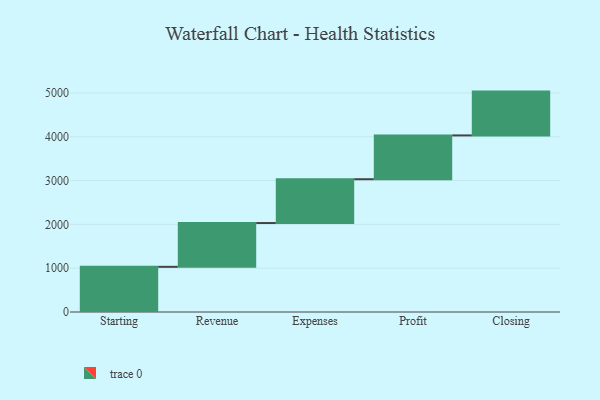
{"axis": {"x": "Step", "y": "Value"}, "legend": [""], "data": [{"x": "Starting", "y": 1031.0, "type": ""}, {"x": "Revenue", "y": 1000, "type": ""}, {"x": "Expenses", "y": 1000, "type": ""}, {"x": "Profit", "y": 1000, "type": ""}, {"x": "Closing", "y": 1000, "type": ""}]}